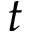
t